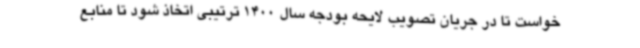
خواست تا در جریان تصویب لایحه بودجه سال 1400 ترتیبی اتخاذ شود تا منابع